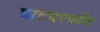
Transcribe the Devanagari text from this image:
घाटघरपर्यंत